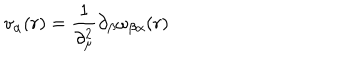
v _ { \alpha } ( r ) = \frac { 1 } { \partial _ { \mu } ^ { 2 } } \partial _ { \beta } \omega _ { \beta \alpha } ( r )